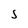
Character: S